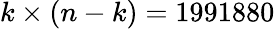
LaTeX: k\times(n-k)=1991880